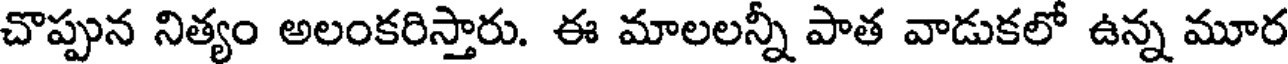
చొప్పున నిత్యం అలంకరిస్తారు. ఈ మాలలన్నీ పాత వాడుకలో ఉన్న మూర